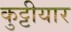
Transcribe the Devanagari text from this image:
कुट्टीयार